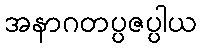
အနာဂတပ္ပဇပ္ပါယ